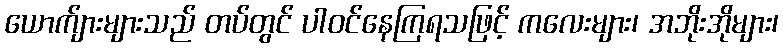
ယောက်ျားများသည် တပ်တွင် ပါဝင်နေကြရသဖြင့် ကလေးများ၊ အဘိုးအိုများ၊